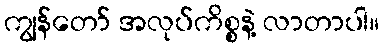
ကျွန်တော် အလုပ်ကိစ္စနဲ့ လာတာပါ။